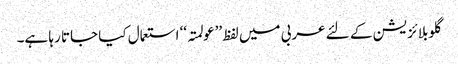
گلوبلائزیشن کے لئے عربی میں لفظ ’’عولمتہ‘‘ استعمال کیا جاتا رہا ہے۔